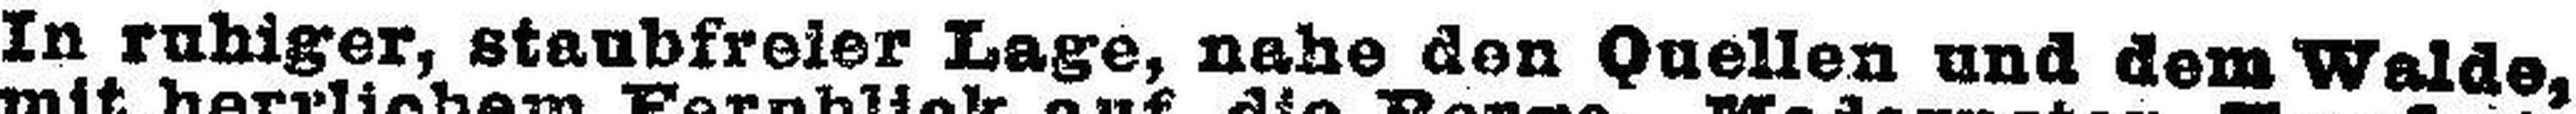
In ruhiger, staubfreier Lage, nahe den Quellen und dem Walde,